Document type: Confirmation
Year: 1374
Scribe: Ramon Camat
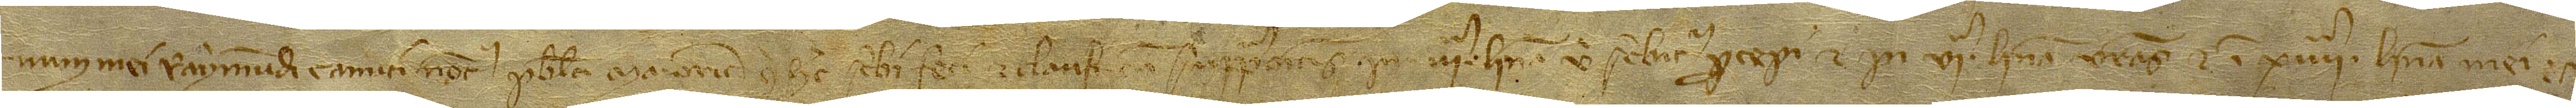
num mei Raymundi Camati, notarii publici Maioricis, qui hec scribi feci et clausi cum supprapositis in IIIª linea, ubi scribitur “percepi”, et in VIª linea, “vestras”, et in XIIIIª linea, “mei”.